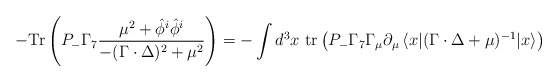
\begin{align*}-{\rm Tr}\left(P_-\Gamma_7\frac{\mu^2+\hat{\phi}^i\hat{\phi}^i}{-(\Gamma\cdot\Delta)^2+\mu^2}\right)=-\int d^3x\ {\rm tr}\left( P_-\Gamma_7\Gamma_\mu{\partial}_\mu\,\langle x|(\Gamma\cdot\Delta +\mu)^{-1}| x\rangle\right)\end{align*}